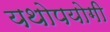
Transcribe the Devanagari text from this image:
यथोपयोगी